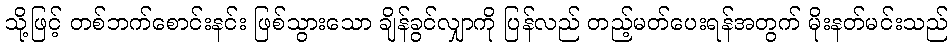
သို့ဖြင့် တစ်ဘက်စောင်းနင်း ဖြစ်သွားသော ချိန်ခွင်လျှာကို ပြန်လည် တည့်မတ်ပေးရန်အတွက် မိုးနတ်မင်းသည်